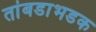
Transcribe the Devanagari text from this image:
तांबडाभडक